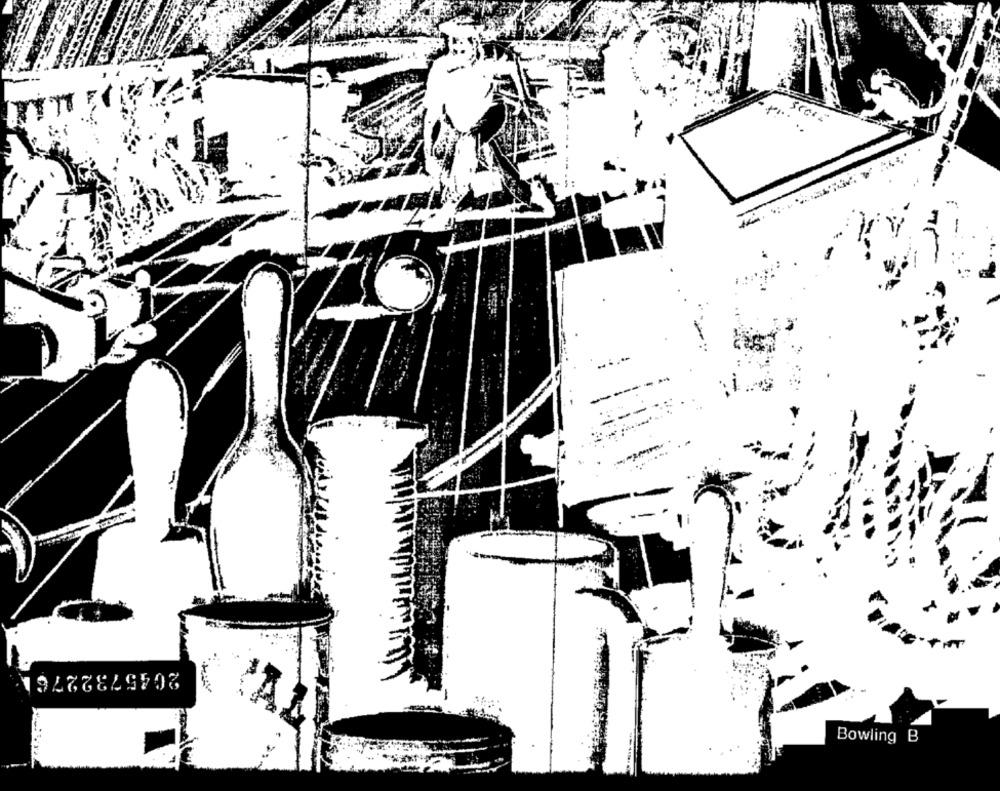
20457322761
Bowling B